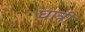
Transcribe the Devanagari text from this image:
घात्री